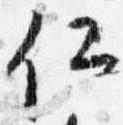
仁